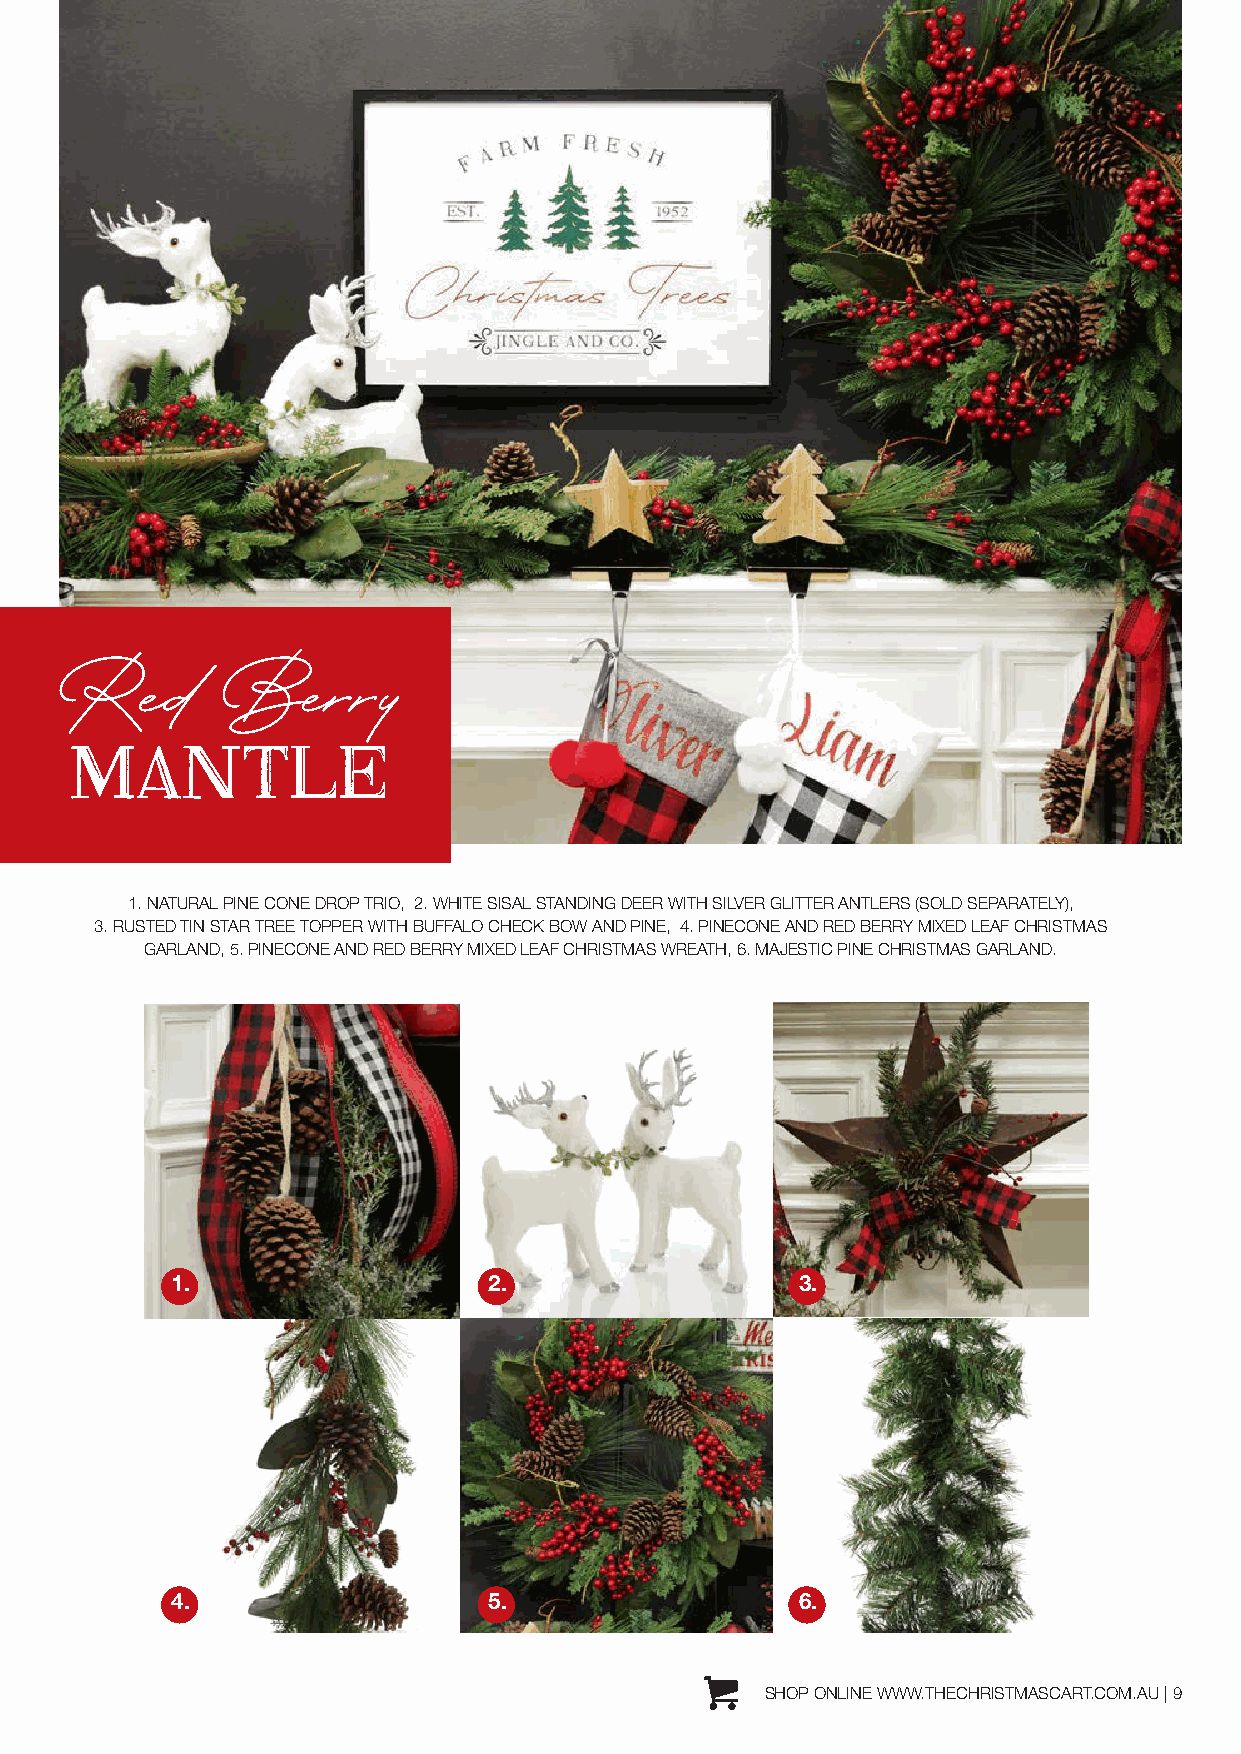
Red        Berry
 MANTLE
 1. NATURAL PINE CONE DROP TRIO, 2. WHITE SISAL STANDING DEER WITH SILVER GLITTER ANTLERS (SOLD SEPARATELY),
 3. RUSTED TIN STAR TREE TOPPER WITH BUFFALO CHECK BOW AND PINE, 4. PINECONE AND RED BERRY MIXED LEAF CHRISTMAS
 GARLAND, 5. PINECONE AND RED BERRY MIXED LEAF CHRISTMAS WREATH, 6. MAJESTIC PINE CHRISTMAS GARLAND.
 1.                   2.                   3.
 4.                   5.                   6.
 SHOP ONLINE WWW.THECHRISTMASCART.COM.AU | 9